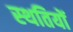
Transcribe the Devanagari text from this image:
स्‍थतियों